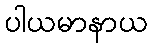
ပါယမာနာယ